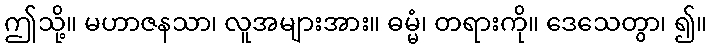
ဤသို့။ မဟာဇနသာ၊ လူအများအား။ ဓမ္မံ၊ တရားကို။ ဒေသေတွာ၊ ၍။